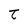
Character: t